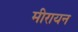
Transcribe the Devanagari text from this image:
मीरायन